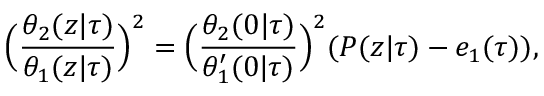
\Big ( \frac { \theta _ { 2 } ( z | \tau ) } { \theta _ { 1 } ( z | \tau ) } \Big ) ^ { 2 } = \Big ( \frac { \theta _ { 2 } ( 0 | \tau ) } { \theta _ { 1 } ^ { \prime } ( 0 | \tau ) } \Big ) ^ { 2 } ( { \cal P } ( z | \tau ) - e _ { 1 } ( \tau ) ) ,